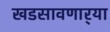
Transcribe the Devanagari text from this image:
खडसावणार्‍या